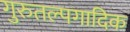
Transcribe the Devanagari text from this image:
गुरुतल्पगादिक